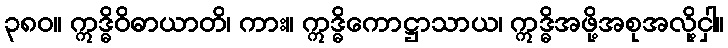
၃၈၀။ ဣဒ္ဓိဝိဓာယာတိ၊ ကား။ ဣဒ္ဓိကောဋ္ဌာသာယ၊ ဣဒ္ဓိအဖို့အစုအလို့ငှါ။